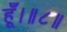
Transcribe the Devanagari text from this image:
हूँ।॥८॥